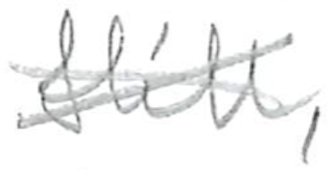
Text: Hill,
Cross-out: cross
Writing tool: pencil